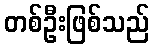
တစ်ဦးဖြစ်သည်